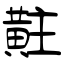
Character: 黈